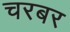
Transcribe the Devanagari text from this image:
चरबर